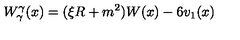
W _ { \gamma } ^ { \gamma } ( x ) = ( \xi R + m ^ { 2 } ) W ( x ) - 6 v _ { 1 } ( x )